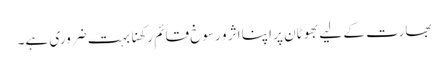
بھارت کے لیے بھوٹان پر اپنا اثر و رسوخ قائم رکھنا بہت ضروری ہے۔